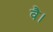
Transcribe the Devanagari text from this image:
वै।